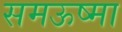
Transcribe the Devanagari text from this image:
समऊष्मा